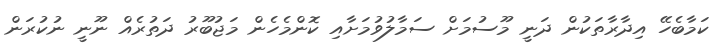
ކަމާބެހޭ އިދާރާތަކުން ދަނީ މޫސުމަށް ސަމާލުވުމަށާއި ކޮންމެހެން މަޖުބޫރު ދަތުރެއް ނޫނީ ނުކުރަން